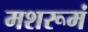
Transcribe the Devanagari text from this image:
मशरूमं